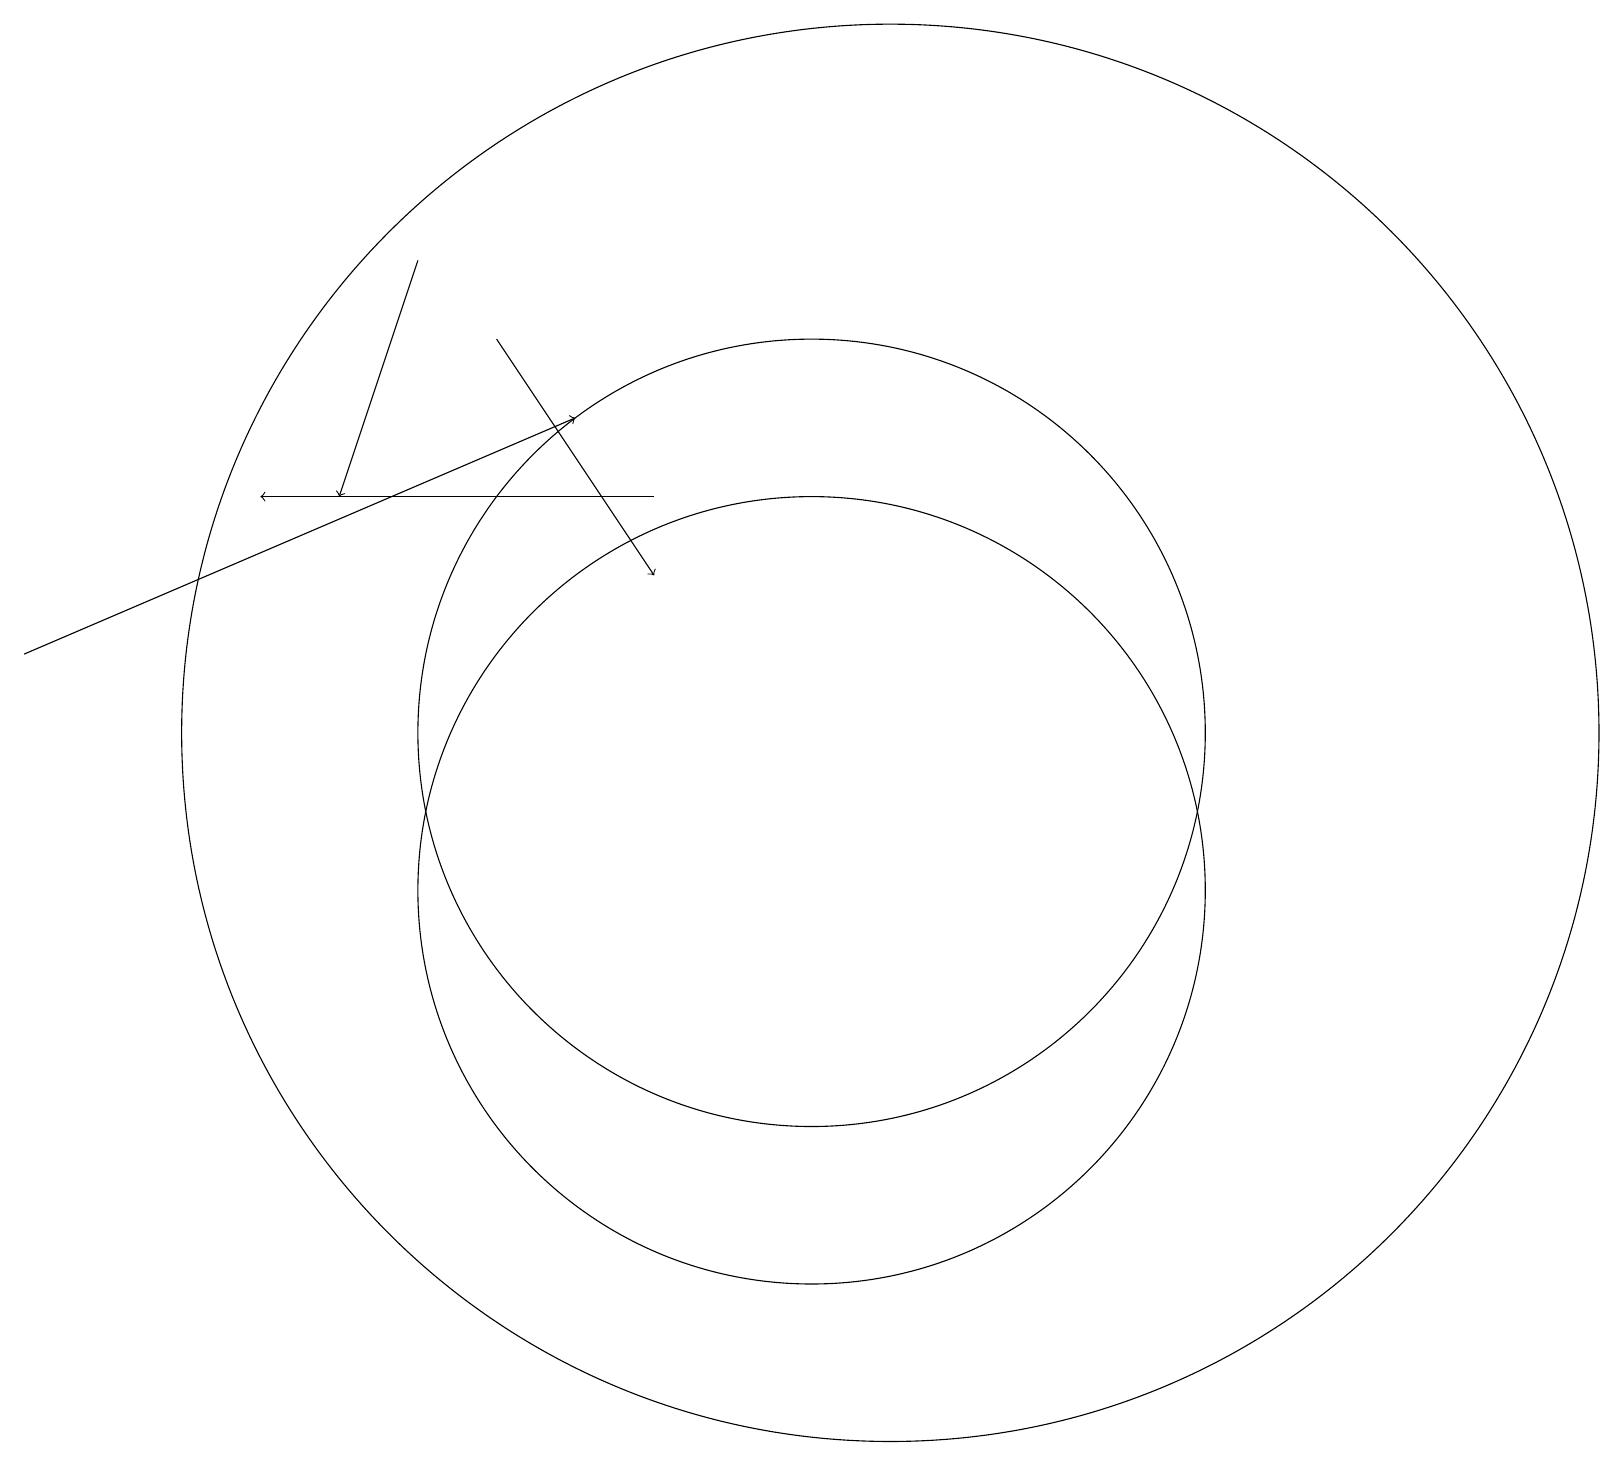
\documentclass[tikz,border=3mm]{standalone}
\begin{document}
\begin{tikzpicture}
\draw[->] (9,15) -- (4,15);
\draw (11,10) circle (5);
\draw[->] (1,13) -- (8,16);
\draw[->] (7,17) -- (9,14);
\draw (11,12) circle (5);
\draw (12,12) circle (9);
\draw[->] (6,18) -- (5,15);
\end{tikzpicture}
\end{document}